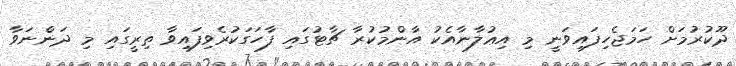
ދޫކުރުމަށް ހަމަޖެހިފައިވަނީ މި އިޢުލާނާއެކު އާންމުކުރާ ޗާޓުގައި ފާހަގަކުރެވިފައިވާ ތިރީގައި މި ދަންނަވާ